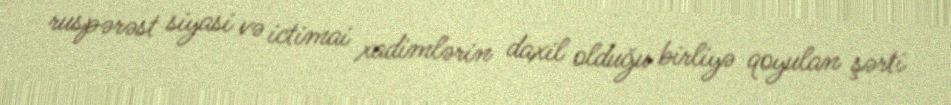
ruspərəst siyasi və ictimai xadimlərin daxil olduğu birliyə qoyulan şərti